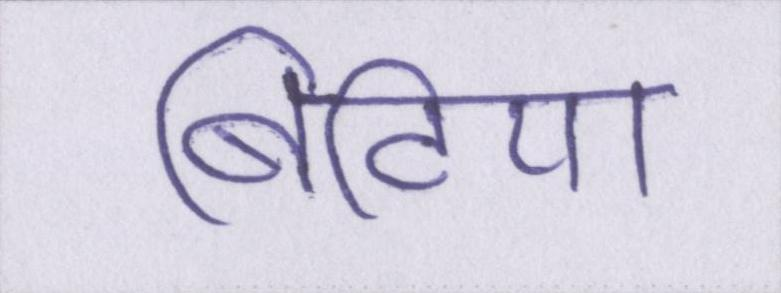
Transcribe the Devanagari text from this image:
बिटिया